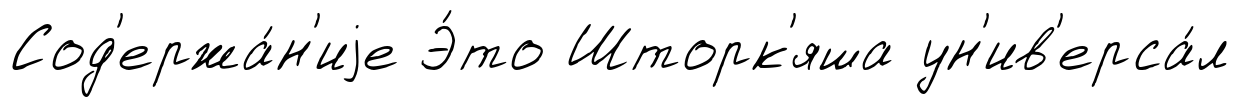
Сод'ержа́н'иjе Э́то Шторк'яша ун'ив'ерса́л